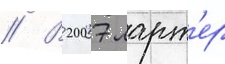
// В 2007 ларт'ер